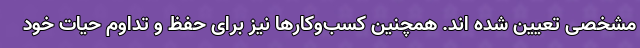
مشخصی تعیین شده اند. همچنین کسب‌وکارها نیز برای حفظ و تداوم حیات خود